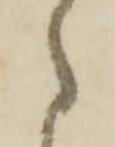
々